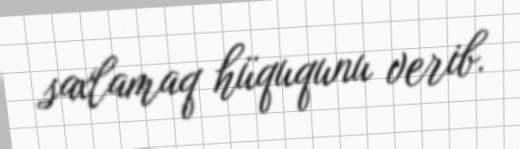
saxlamaq hüququnu verib.